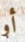
أو